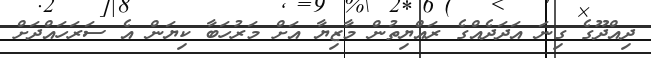
ދިއްދޫގެ ގިނަ އަދަދެއްގެ ރައްޔިތުން މާޒިޔާ އަށް މަރުހަބާ ކިޔަން އެ ސަރަހައްދަށް